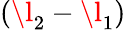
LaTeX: (\l_{2}-\l_{1})